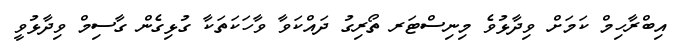
އިބްރާހިމް ކަމަށް ވިދާޅުވެ މިނިސްޓަރ ތޯރިގު ދައްކަވާ ވާހަކަތަކާ ގުޅިގެން ގާސިމް ވިދާޅުވީ